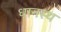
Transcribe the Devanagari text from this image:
धानस्थ